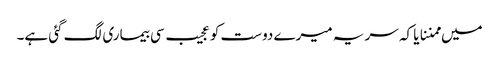
میں ممننایا کہ سر یہ میرے دوست کو عجیب سی بیماری لگ گئی ہے۔